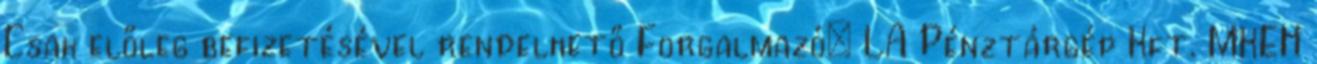
Csak előleg befizetésével rendelhető Forgalmazó: LA Pénztárgép Kft. MKEH